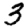
Digit: 3